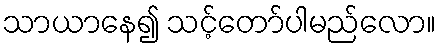
သာယာနေ၍ သင့်တော်ပါမည်လော။